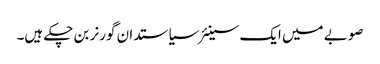
صوبے میں ایک سینئر سیاستدان گورنر بن چکے ہیں۔